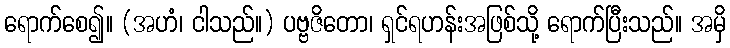
ရောက်စေ၍။ (အဟံ၊ ငါသည်။) ပဗ္ဗဇိတော၊ ရှင်ရဟန်းအဖြစ်သို့ ရောက်ပြီးသည်။ အမှိ